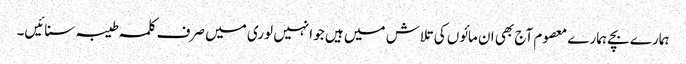
ہمارے بچے ہمارے معصوم آج بھی ان مائوں کی تلاش میں ہیں جو انہیں لوری میں صرف کلمہ طیبہ سنائیں۔